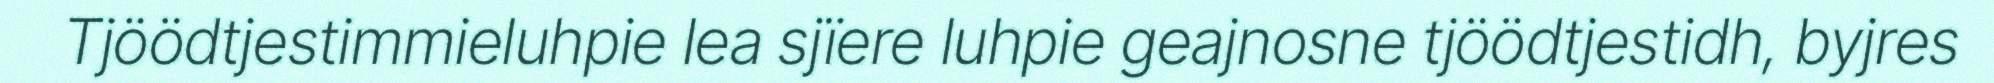
Tjöödtjestimmieluhpie lea sjïere luhpie geajnosne tjöödtjestidh, byjres